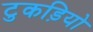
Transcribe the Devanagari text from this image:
टुकड़ियो